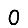
Digit: 0